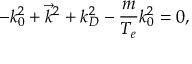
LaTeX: - k _ { 0 } ^ { 2 } + { \vec { k } } ^ { 2 } + k _ { D } ^ { 2 } - { \frac { m } { T _ { e } } } k _ { 0 } ^ { 2 } = 0 ,